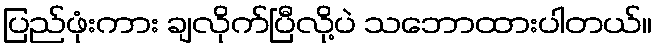
ပြည်ဖုံးကား ချလိုက်ပြီလို့ပဲ သဘောထားပါတယ်။